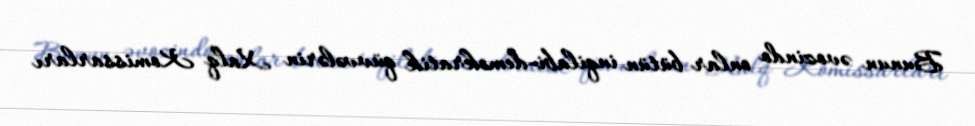
Bunun əvozindo onlar bütün inqilabi-demokratik qüvvələrin Xalq Komissarları